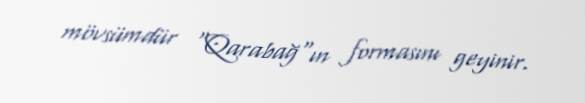
mövsümdür "Qarabağ"ın formasını geyinir.